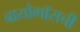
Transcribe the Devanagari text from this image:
बायोगॉसची